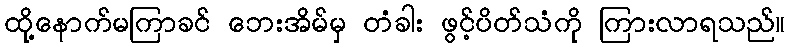
ထို့နောက်မကြာခင် ဘေးအိမ်မှ တံခါး ဖွင့်ပိတ်သံကို ကြားလာရသည်။